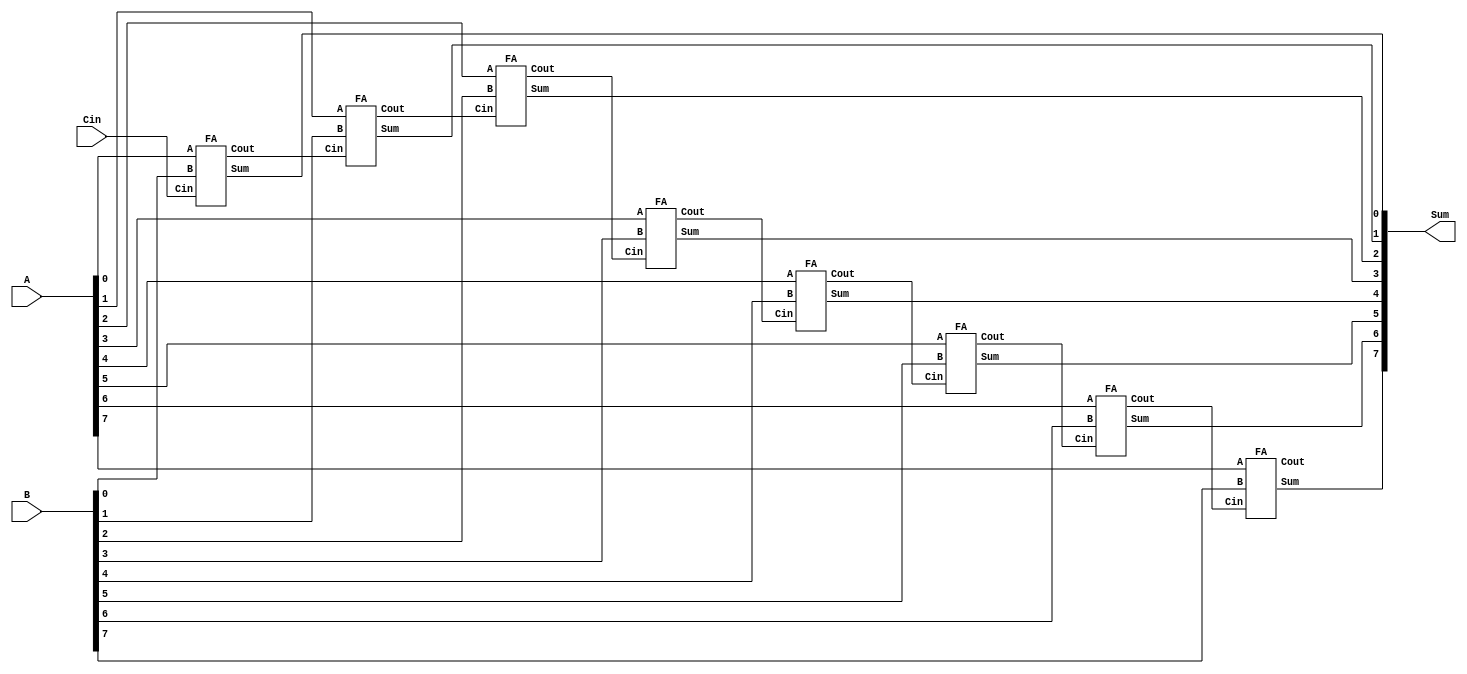
module RCA (A, B, Cin, Sum);

parameter N = 8;	// NOTE: this N is twice the above N

input [N-1:0] A, B;
input Cin;
//output Cout;
output [N-1:0] Sum;

wire [N:0] C;

assign C[0] = Cin;

genvar g1;
generate
	for(g1=0;g1<N;g1=g1+1) begin: Full_Adder
		FA F0 (A[g1], B[g1], C[g1], Sum[g1], C[g1+1]);
	end
endgenerate

//assign Cout = C[N];

endmodule


// Full_Adder

module FA(A, B, Cin, Sum, Cout);
input A, B, Cin;
output Sum, Cout;

assign Sum = A ^ B ^ Cin;
assign Cout = ((A ^ B) & Cin) | (A & B);

endmodule